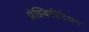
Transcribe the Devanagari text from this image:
प्रेझ्बिटीरिअन